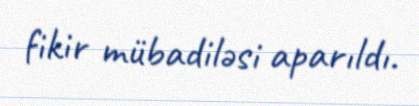
fikir mübadiləsi aparıldı.